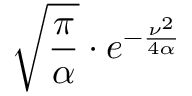
{ \sqrt { \frac { \pi } { \alpha } } } \cdot e ^ { - { \frac { \nu ^ { 2 } } { 4 \alpha } } }